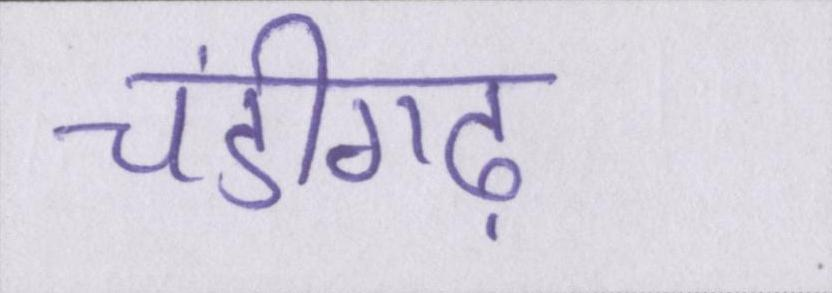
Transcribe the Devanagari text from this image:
चंडीगढ़